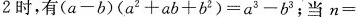
2时，有(a-b)(a2+ab+b2)=a3-b3；当n=